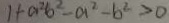
1 + a ^ { 2 } b ^ { 2 } - a ^ { 2 } - b ^ { 2 } > 0